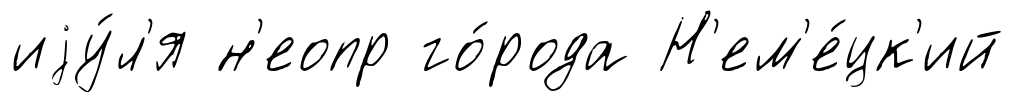
иjу́л'я н'еопр го́рода Н'ем'е́цк'ий